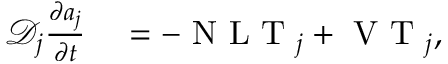
\begin{array} { r l } { \mathcal { D } _ { j } \frac { \partial a _ { j } } { \partial t } } & { { } = - \textnormal { N L T } _ { j } + \textnormal { V T } _ { j } , } \end{array}